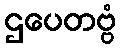
ဌပေတဗ္ဗံ